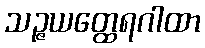
သဉ္ဇယတ္ထေရဂါထာ